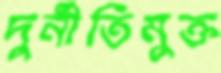
দুর্নীতিমুক্ত